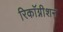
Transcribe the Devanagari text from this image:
रिकाॅग्नीशन